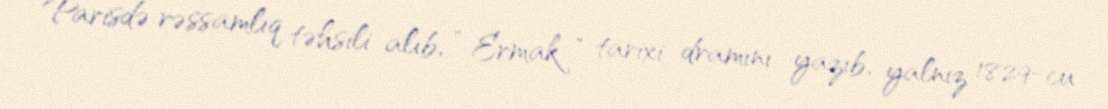
Parisdə rəssamlıq təhsili alıb, " Ermak " tarixi dramını yazıb, yalnız 1829-cu